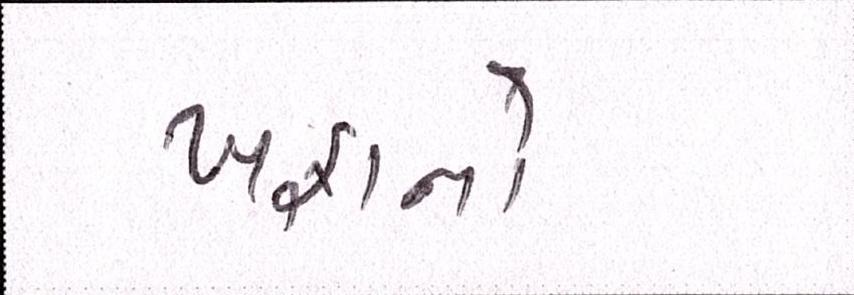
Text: ખફાનો